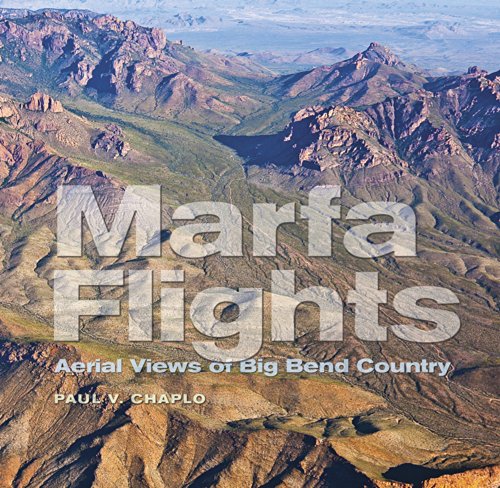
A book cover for Marfa Flights: Aerial Views of Big Bend Country (Tarleton State University Southwestern Studies in the Humanities); Paul V. Chaplo; Arts & Photography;